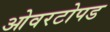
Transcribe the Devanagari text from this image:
ओवरटोपड